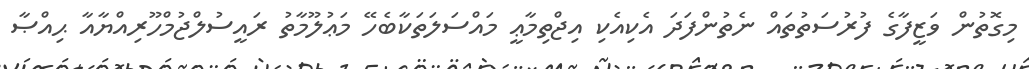
މިގޮތުން ވަޒީފާގެ ފުރުސަތުތައް ނެތުންފަދަ އެކިއެކި އިޖްތިމާޢީ މައްސަލަތަކާބެހޭ މަޢުލޫމާތު ރައީސުލްޖުމްހޫރިއްޔާއާ ޙިއްޞާ